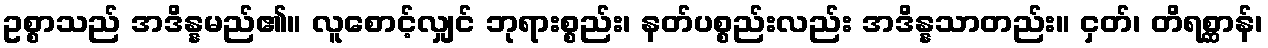
ဥစ္စာသည် အဒိန္နမည်၏။ လူစောင့်လျှင် ဘုရားစ္စည်း၊ နတ်ပစ္စည်းလည်း အဒိန္နသာတည်း။ ငှတ်၊ တိရစ္ဆာန်၊